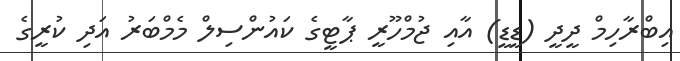
އިބްރާހިމް ދީދީ (ޑީޑީ) އާއި ޖުމްހޫރީ ޕާޓީގެ ކައުންސިލް މެމްބަރު އަދި ކުރީގެ